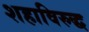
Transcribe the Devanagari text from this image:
शहाविरुद्ध